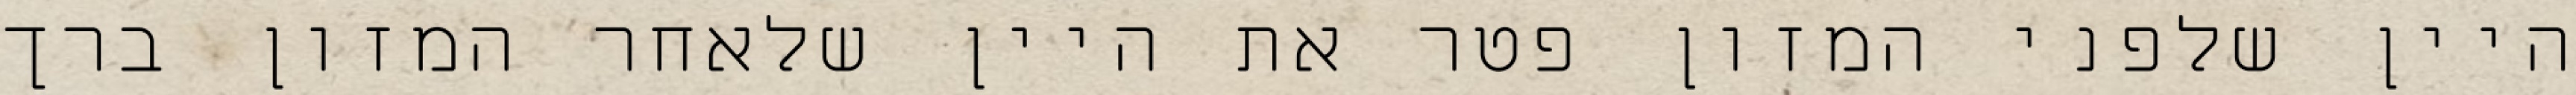
היין שלפני המזון פטר את היין שלאחר המזון ברך